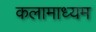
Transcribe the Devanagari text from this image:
कलामाध्यम